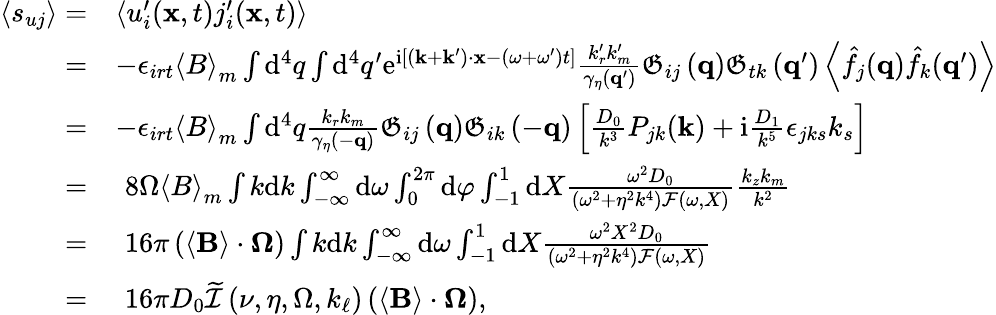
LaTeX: \begin{array}{rl}{\left\langle s_{uj}\right\rangle=}&{\left\langle u_{i}^{\prime}(\mathbf{x},t)j_{i}^{\prime}(\mathbf{x},t)\right\rangle}\\ {=}&{-\epsilon_{irt}\left\langle B\right\rangle_{m}\int\mathrm{d}^{4}q\int\mathrm{d}^{4}q^{\prime}\mathrm{e}^{\mathrm{i}\left[\left(\mathbf{k}+\mathbf{k}^{\prime}\right)\cdot\mathbf{x}-\left(\omega+\omega^{\prime}\right)t\right]}\frac{k_{r}^{\prime}k_{m}^{\prime}}{\gamma_{\eta}\left(\mathbf{q}^{\prime}\right)}\mathfrak{G}_{ij}\left(\mathbf{q}\right)\mathfrak{G}_{tk}\left(\mathbf{q}^{\prime}\right)\left\langle\hat{f}_{j}(\mathbf{q})\hat{f}_{k}(\mathbf{q}^{\prime})\right\rangle}\\ {=}&{-\epsilon_{irt}\left\langle B\right\rangle_{m}\int\mathrm{d}^{4}q\frac{k_{r}k_{m}}{\gamma_{\eta}\left(-\mathbf{q}\right)}\mathfrak{G}_{ij}\left(\mathbf{q}\right)\mathfrak{G}_{ik}\left(-\mathbf{q}\right)\left[\frac{D_{0}}{k^{3}}P_{jk}(\mathbf{k})+\mathrm{i}\frac{D_{1}}{k^{5}}\epsilon_{jks}k_{s}\right]}\\ {=}&{\, \, 8\Omega\left\langle B\right\rangle_{m}\int k\mathrm{d}k\int_{-\infty}^{\infty}\mathrm{d}\omega\int_{0}^{2\pi}\mathrm{d}\varphi\int_{-1}^{1}\mathrm{d}X\frac{\omega^{2}D_{0}}{\left(\omega^{2}+\eta^{2}k^{4}\right)\mathcal{F}(\omega,X)}\frac{k_{z}k_{m}}{k^{2}}}\\ {=}&{\, \, 16\pi\left(\left\langle\mathbf{B}\right\rangle\cdot\boldsymbol{\Omega}\right)\int k\mathrm{d}k\int_{-\infty}^{\infty}\mathrm{d}\omega\int_{-1}^{1}\mathrm{d}X\frac{\omega^{2}X^{2}D_{0}}{\left(\omega^{2}+\eta^{2}k^{4}\right)\mathcal{F}(\omega,X)}}\\ {=}&{\, \, 16\pi D_{0}\widetilde{\mathcal{I}}\left(\nu,\eta,\Omega,k_{\ell}\right)\left(\left\langle\mathbf{B}\right\rangle\cdot\boldsymbol{\Omega}\right),}\end{array}